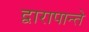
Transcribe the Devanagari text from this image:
द्वारापान्ते